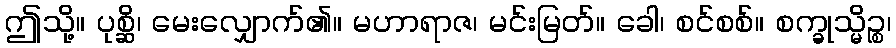
ဤသို့။ ပုစ္ဆိ၊ မေးလျှောက်၏။ မဟာရာဇ၊ မင်းမြတ်။ ခေါ၊ စင်စစ်။ စက္ခုသ္မိဉ္စ၊